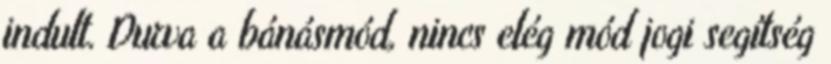
indult. Durva a bánásmód, nincs elég mód jogi segítség